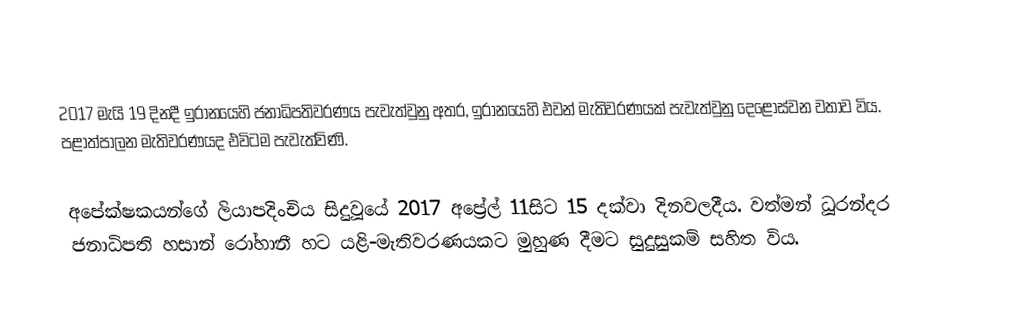
2017 මැයි 19 දිනදී ඉරානයෙහි  ජනාධිපතිවරණය පැවැත්වුනු අතර, ඉරානයෙහි එවන් මැතිවරණයක් පැවැත්වුනු දෙළොස්වන වතාව විය. පළාත්පාලන මැතිවරණයද එවිටම පැවැත්විණි.

අපේක්ෂකයන්ගේ ලියාපදිංචිය සිදුවූයේ 2017 අප්‍රේල් 11සිට 15 දක්වා දිනවලදීය. වත්මන් ධූරන්දර ජනාධිපති හසාන්  රෝහානී හට යළි-මැතිවරණයකට මුහුණ දීමට සුදුසුකම් සහිත විය.